Plague in India, 1896, 1897 - Volume 1
Year: 1896
Disease focus: Plague
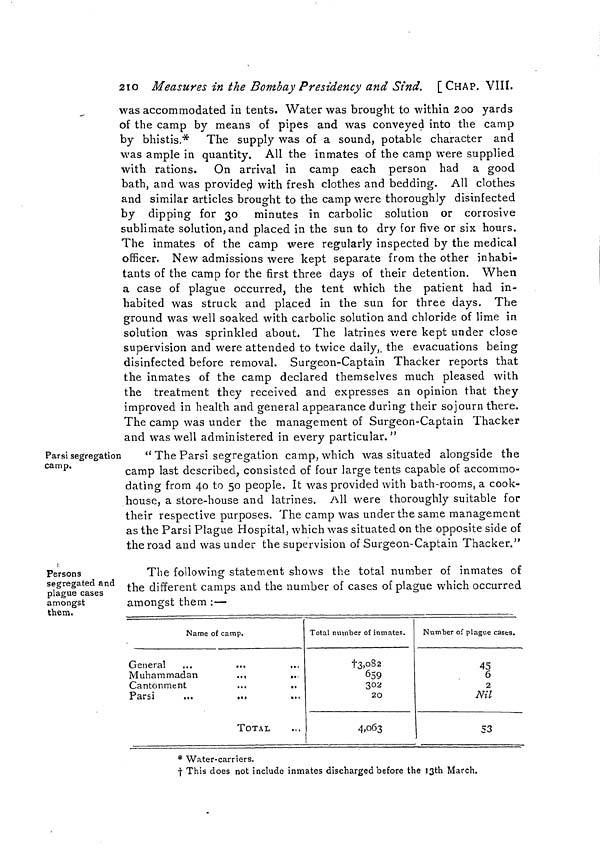
2IO Measures in the Bombay Presidency and Sind. [CHAP. VIII.
was accommodated in tents. Water was brought to within 2oo yards
of the camp by means of pipes and was conveyed into the camp
by bhistis.* The supply was of a sound, potable character and
was ample in quantity. All the inmates of the camp were supplied
with rations. On arrival in camp each person had a good
bath, and was provided with fresh clothes and bedding. All clothes
and similar articles brought to the camp were thoroughly disinfected
by dipping for 30 minutes in carbolic solution or corrosive
sublimate solution, and placed in the sun to dry for five or six hours.
The inmates of the camp were regularly inspected by the medical
officer. New admissions were kept separate from the other inhabi-
tants of the camp for the first three days of their detention. When
a case of plague occurred, the tent which the patient had in-
habited was struck and placed in the sun for three days. The
ground was well soaked with carbolic solution and chloride of lime in
solution was sprinkled about, The latrines were kept under close
supervision and were attended to twice daily, the evacuations being
disinfected before removal. Surgeon-Captain Thacker reports that
the inmates of the camp declared themselves much pleased with
the treatment they received and expresses an opinion that they
improved in health and general appearance during their sojourn there.
The camp was under the management of Surgeon-Captain Thacker
and was well administered in every particular. "
Parsi segregation
camp.
" The Parsi segregation camp, which was situated alongside the
camp last described, consisted of four large tents capable of accommo-
dating from 40 to 50 people. It was provided with bath-rooms, a cook-
house, a store-house and latrines. All were thoroughly suitable for
their respective purposes. The camp was under the same management
as the Parsi Plague Hospital, which was situated on the opposite side of
the road and was under the supervision of Surgeon-Captain Thacker."
Persons
segregated and
plague cases
amongst
them.
The following statement shows the total number of inmates of
the different camps and the number of cases of plague which occurred
amongst them :—
Name of camp.
General
...
...
,..
Muhammadan
...
...
Cantonment
...
.,
Parsi
TOTAL
Total number of inmates.
†3,082
659
302
20
4,063
Number of plague cases.
45
6
2
Nil
53
* Water-carriers.
† This does not include inmates discharged before the 13th March.